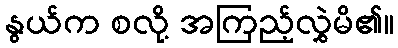
နွယ်က စလို့ အကြည့်လွှဲမိ၏။